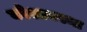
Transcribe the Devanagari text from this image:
कोशावस्था